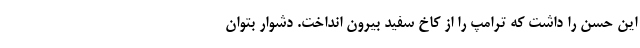
این حُسن را داشت که ترامپ را از کاخ سفید بیرون انداخت. دشوار بتوان